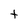
Character: t